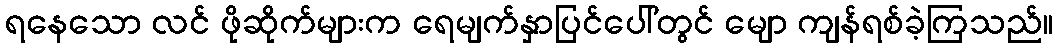
ရနေသော လင် ဖိုဆိုက်များက ရေမျက်နှာပြင်ပေါ်တွင် မျော ကျန်ရစ်ခဲ့ကြသည်။